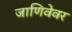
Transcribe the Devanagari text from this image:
जाणिवेवर